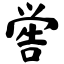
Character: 喾